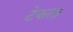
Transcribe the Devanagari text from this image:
टेकता